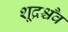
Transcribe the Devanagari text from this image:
शूद्रश्चैव